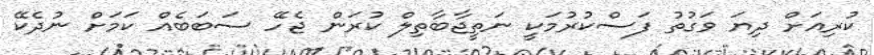
ކުރިއަށް ދިޔަ ވަގުތު ފަސްކުރުމަކީ ނަތީޖާބާތިލް ކުރަން ޖެހޭ ސަބަބެއް ކަމަށް ނުދެކޭ